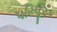
પરિપૂરક